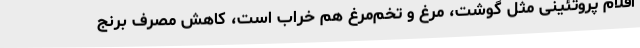
اقلام پروتئینی مثل گوشت، مرغ و تخم‌مرغ هم خراب است، کاهش مصرف برنج